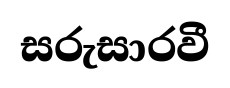
සරුසාරවී